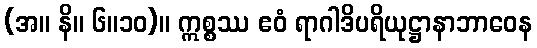
(အ။ နိ။ ၆။၁၀)။ ဣစ္စဿ ဧဝံ ရာဂါဒိပရိယုဋ္ဌာနာဘာဝေန